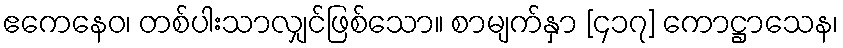
ဧကေနေဝ၊ တစ်ပါးသာလျှင်ဖြစ်သော။ စာမျက်နှာ [၄၁၇] ကောဋ္ဌာသေန၊